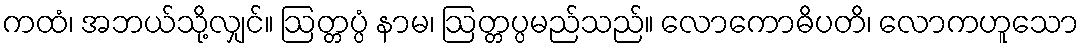
ကထံ၊ အဘယ်သို့လျှင်။ ဩတ္တပ္ပံ နာမ၊ ဩတ္တပ္ပမည်သည်။ လောကောဓိပတိ၊ လောကဟူသော